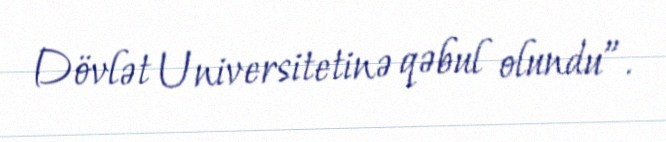
Dövlət Universitetinə qəbul olundu”.